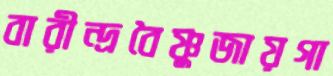
বারীন্দ্রবৈষ্ণুজায়গা